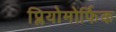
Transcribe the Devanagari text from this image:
प्लियोमोर्फिक